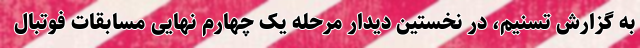
به گزارش تسنیم، در نخستین دیدار مرحله یک چهارم نهایی مسابقات فوتبال